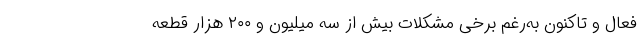
فعال و تاکنون به‌رغم برخی مشکلات بیش از سه میلیون و ۲۰۰ هزار قطعه